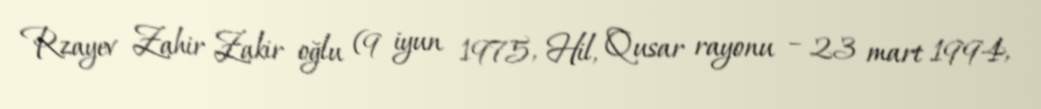
Rzayev Zahir Zakir oğlu (9 iyun 1975, Hil, Qusar rayonu – 23 mart 1994,